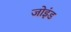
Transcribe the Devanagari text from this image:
जोइंड